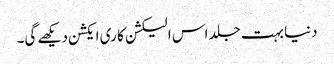
دنیا بہت جلد اس الیکشن کا ری ایکشن دیکھے گی۔